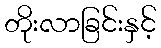
တိုးလာခြင်းနှင့်